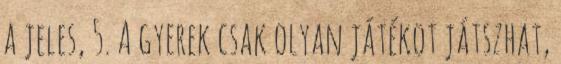
a jeles, 5. A gyerek csak olyan játékot játszhat,